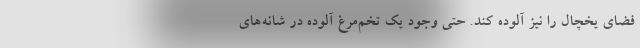
فضای یخچال را نیز آلوده کند. حتی وجود یک تخم‌‌مرغ آلوده در شانه‌های